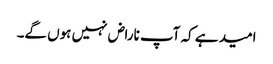
امید ہے کہ آپ ناراض نہیں ہوں گے۔